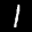
Label: 1